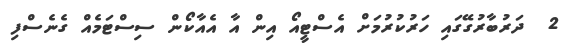
2  ދަރުބާރުގޭގައި ހަރުކުރުމަށް އެސްޓީއޯ އިން އާ އެއާކޯން ސިސްޓަމެއް ގެނެސްފި